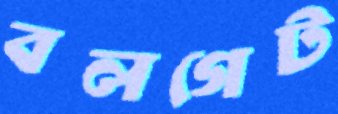
বলগেট